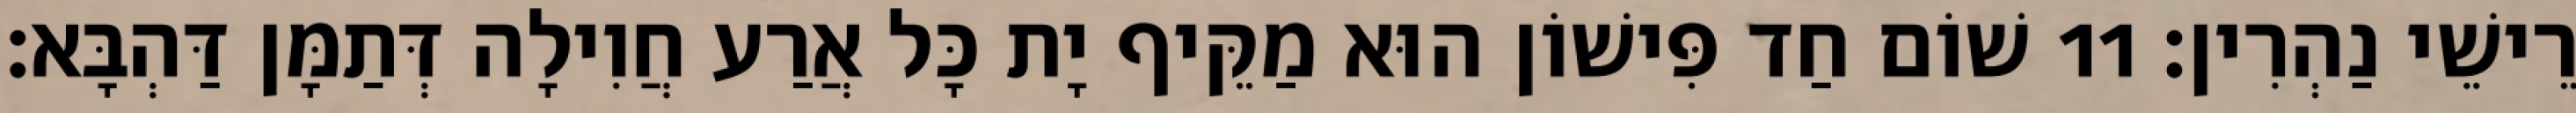
רֵישֵׁי נַהְרִין׃ 11 שׁוֹם חַד פִּישׁוֹן הוּא מַקֵּיף יָת כָּל אֲרַע חֲוִילָה דְּתַמָּן דַּהְבָּא׃